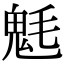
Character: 𩲊